Annual report of the Civil Veterinary Department, Bengal, for the year 1898-99 - 1898-1899
Year: 1898
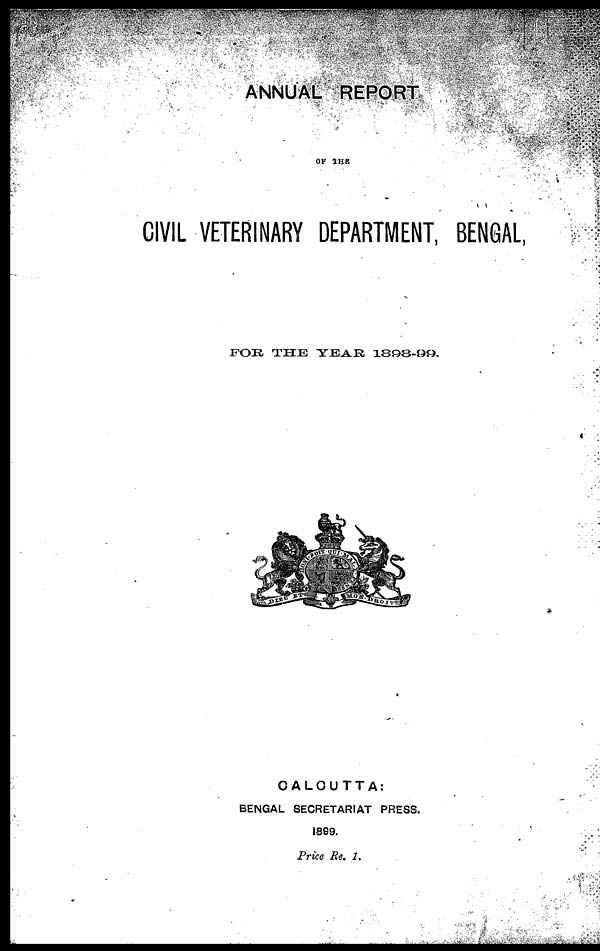
ANNUAL REPORT
OF THE
CIVIL VETERINARY DEPARTMENT, BENGAL,
FOR THE YEAR 1898-99.
CALCUTTA:
BENGAL SECRETARIAT PRESS.
1889.
Price Re, 2.